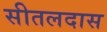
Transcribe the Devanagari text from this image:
सीतलदास